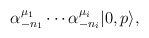
\begin{align*}\alpha^{\mu_1}_{-n_1}\cdots \alpha^{\mu_i}_{-n_i} |0,p\rangle,\end{align*}